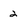
Character: 2